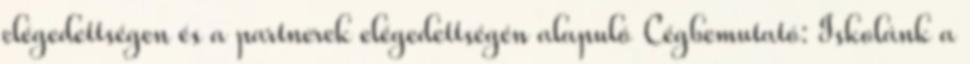
elégedettségen és a partnerek elégedettségén alapuló Cégbemutató: Iskolánk a